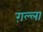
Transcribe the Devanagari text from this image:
ग़ल्ला